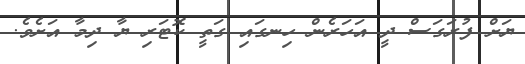
ޔަށް ފުރަގަސް ދީ އަހަރެން ހިނގައި ގަތީ ކޮޓަރި ޔާ ދިމާ އަށެވެ.